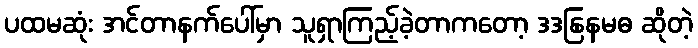
ပထမဆုံး အင်တာနက်ပေါ်မှာ သူရှာကြည့်ခဲ့တာကတော့ ဒဒနြနမဓ ဆိုတဲ့